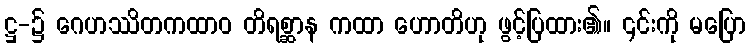
ဋ္ဌ-၌ ဂေဟဿိတကထာဝ တိရစ္ဆာန ကထာ ဟောတိဟု ဖွင့်ပြထား၏။ ၎င်းကို မပြော